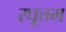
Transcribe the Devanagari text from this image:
रघूत्तम